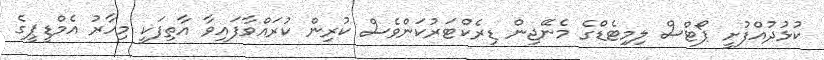
ކުޅުދުއްފުށީ ޕޯޓްސް ލިމިޓެޑްގެ މެނޭޖިން ޑިރެކްޓަރުކަންވެސް ކުރިން ކުރައްވާފައިވާ އާތިފަކީ މިހާރު އެމްޑީޕީގެ